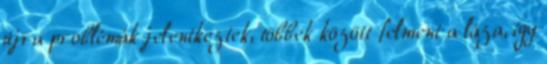
újra problémák jelentkeztek, többek között felment a láza, így